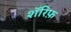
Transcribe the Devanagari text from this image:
शॅरिफ़